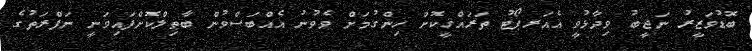
ބޮޑުވަޒީރު ނަޖީބު ވިދާޅުވީ އެއަރޕޯޓު ތަރައްޤީކޮށް ހިންގުމަށް ވެވުނު އެއްބަސްވުން ބާޠިލްކޮށްފައިވަނީ ނަފްރަތުގެ